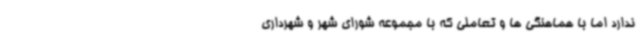
ندارد اما با هماهنگی ها و تعاملی که با مجموعه شورای شهر و شهرداری